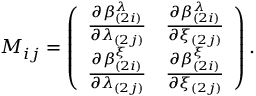
M _ { i j } = \left( \begin{array} { c c } { { { \frac { \partial \beta _ { ( 2 i ) } ^ { \lambda } } { \partial \lambda _ { ( 2 j ) } } } } } & { { { \frac { \partial \beta _ { ( 2 i ) } ^ { \lambda } } { \partial \xi _ { ( 2 j ) } } } } } \\ { { { \frac { \partial \beta _ { ( 2 i ) } ^ { \xi } } { \partial \lambda _ { ( 2 j ) } } } } } & { { { \frac { \partial \beta _ { ( 2 i ) } ^ { \xi } } { \partial \xi _ { ( 2 j ) } } } } } \end{array} \right) .